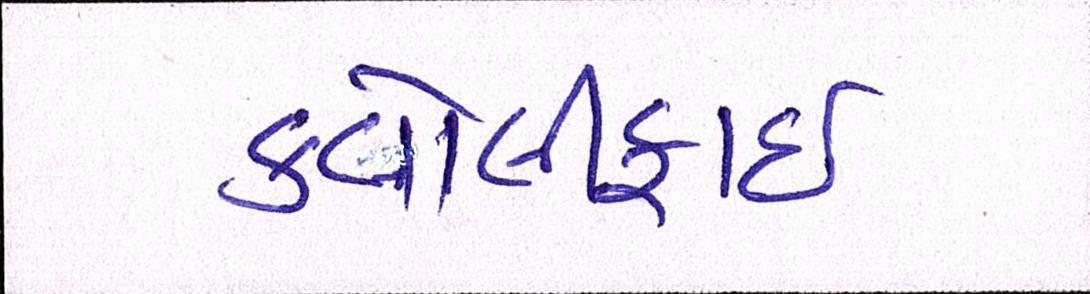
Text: કવોલીફાઈ